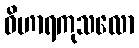
ဝိဟာရကုသလော